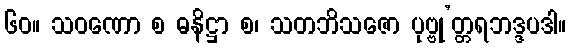
၆၀။ သဝဏော စ ဓနိဋ္ဌာ စ၊ သတဘိသဇော ပုဗ္ဗု’တ္တရဘဒ္ဒပဒါ။